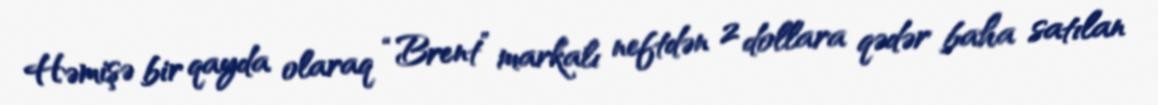
Həmişə bir qayda olaraq “Brent” markalı neftdən 2 dollara qədər baha satılan